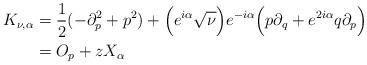
LaTeX: \begin{align*}K_{\nu,\alpha}&=\frac{1}{2}(-\partial_p^2+p^2)+\Big(e^{i\alpha}\sqrt{\nu}\Big)e^{-i\alpha}\Big(p\partial_q+e^{2i\alpha}q\partial_p\Big)\\&=O_p+zX_{\alpha}\end{align*}